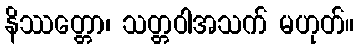
နိဿတ္တော၊ သတ္တဝါအသက် မဟုတ်။